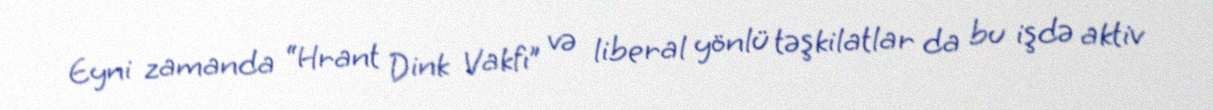
Eyni zamanda “Hrant Dink Vakfı” və liberal yönlü təşkilatlar da bu işdə aktiv